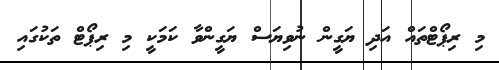
މި ރިޕޯޓްތައް އަދި ޔަގީން ނުވިޔަސް ޔަގީންވާ ކަމަކީ މި ރިޕޯޓް ތަކުގައި